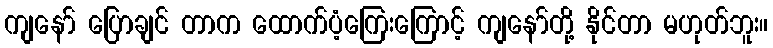
ကျနော် ပြောချင် တာက ထောက်ပံ့ကြေးကြောင့် ကျနော်တို့ နိုင်တာ မဟုတ်ဘူး။